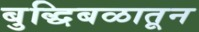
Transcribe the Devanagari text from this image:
बुद्धिबळातून